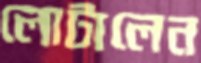
লোটালেন